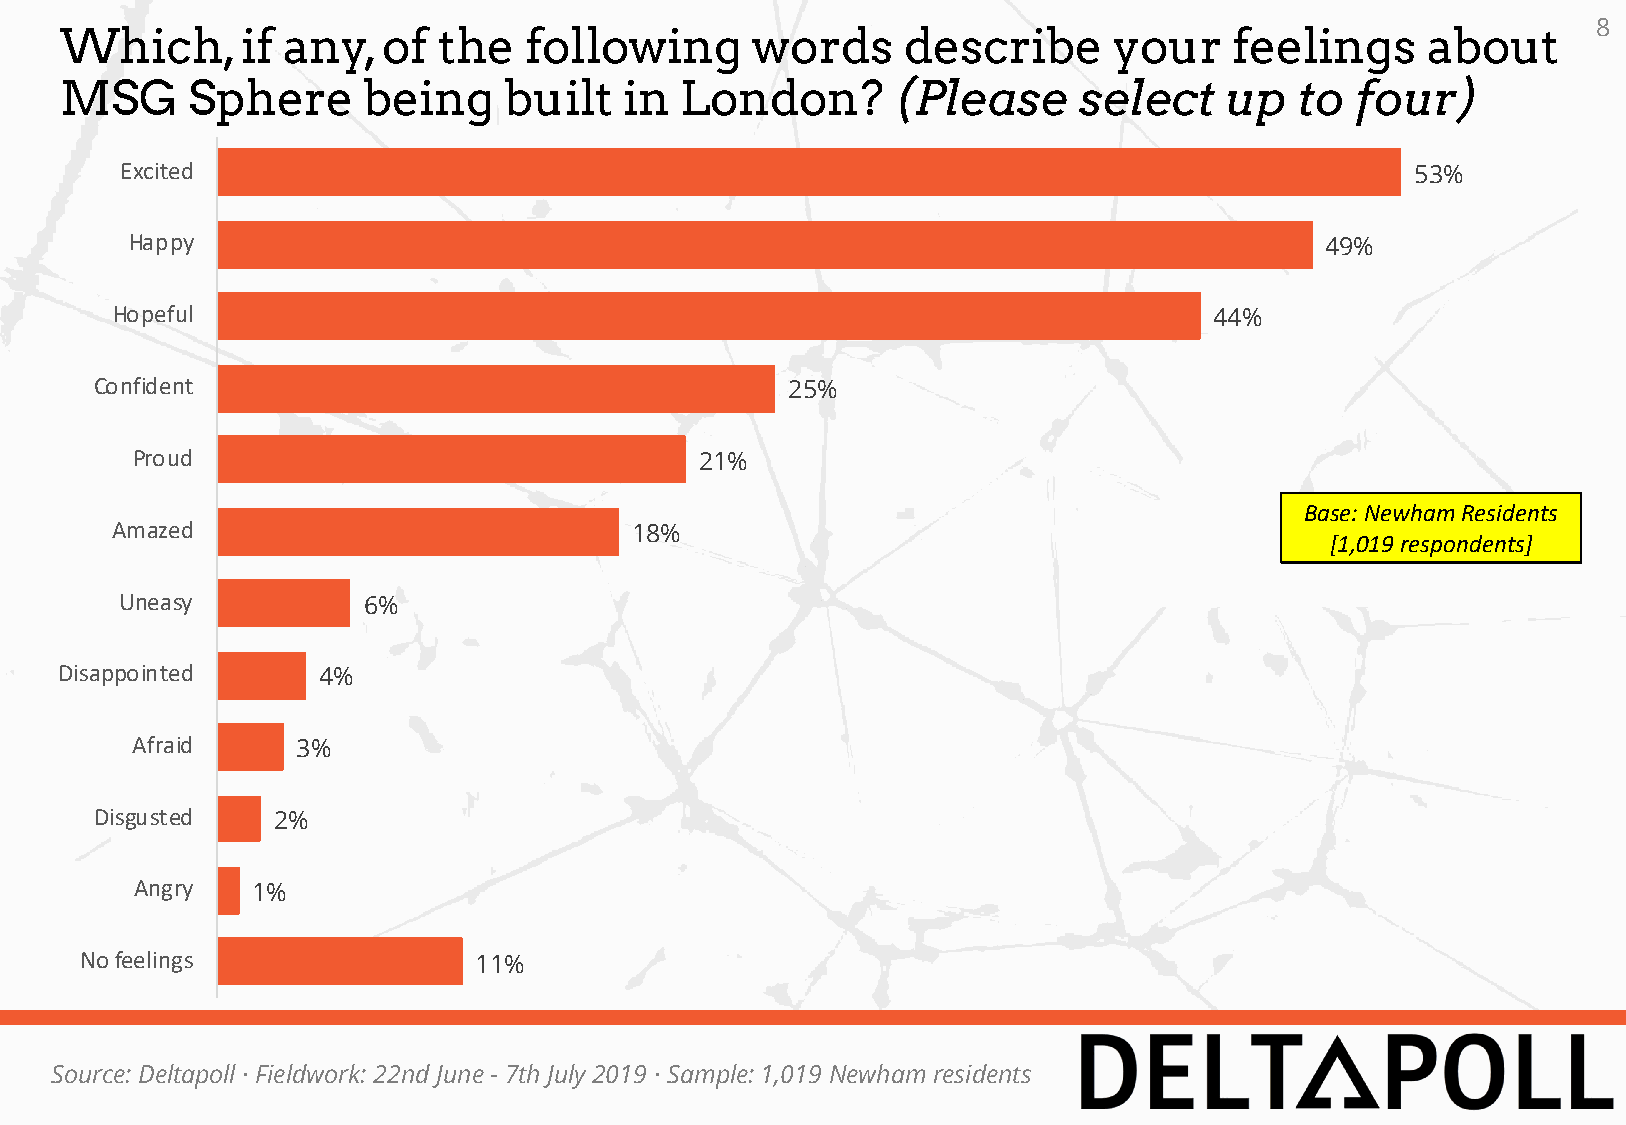
8
 Which,      if any,  of  the   following      words     describe      your    feelings    about
 MSG     Sphere      being    built   in  London?       (Please     select    up   to  four)
 Excited                                                                               53%
 Happy                                                                          49%
 Hopeful                                                                  44%
 Confident                                     25%
 Proud                                21%
 Base: Newham Residents
 Amazed                             18%
 [1,019 respondents]
 Uneasy          6%
 Disappointed     4%
 Afraid     3%
 Disgusted   2%
 Angry   1%
 No feelings               11%
 Source: Deltapoll · Fieldwork: 22nd June - 7th July 2019 · Sample: 1,019 Newham residents